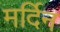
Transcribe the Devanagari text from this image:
मर्दिन